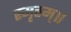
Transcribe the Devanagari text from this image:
स्मृतम्॥